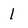
Character: 1